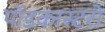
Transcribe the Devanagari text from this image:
पॉडकास्टरों